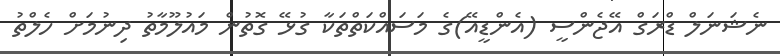
ނެޝަނަލް ޑްރަގް އޭޖެންސީ (އެންޑީއޭ)ގެ މަސައްކަތްތަކާ ގުޅޭ ގޮތުން މައުލޫމާތު ދިނުމަށް ހެލްތު